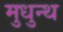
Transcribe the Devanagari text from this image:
मुधुन्थ